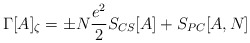
\begin{align*}\Gamma[A]_{\zeta} = \pm N \frac{e^2}{2} S_{CS}[A] + S_{PC}[A,N]\end{align*}